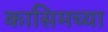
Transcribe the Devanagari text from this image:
कासिमच्या